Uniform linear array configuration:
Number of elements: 4
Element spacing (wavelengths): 0.75
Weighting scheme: blackman
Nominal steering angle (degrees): -60
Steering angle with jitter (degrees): -60.556
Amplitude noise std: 0.05
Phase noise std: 0.05

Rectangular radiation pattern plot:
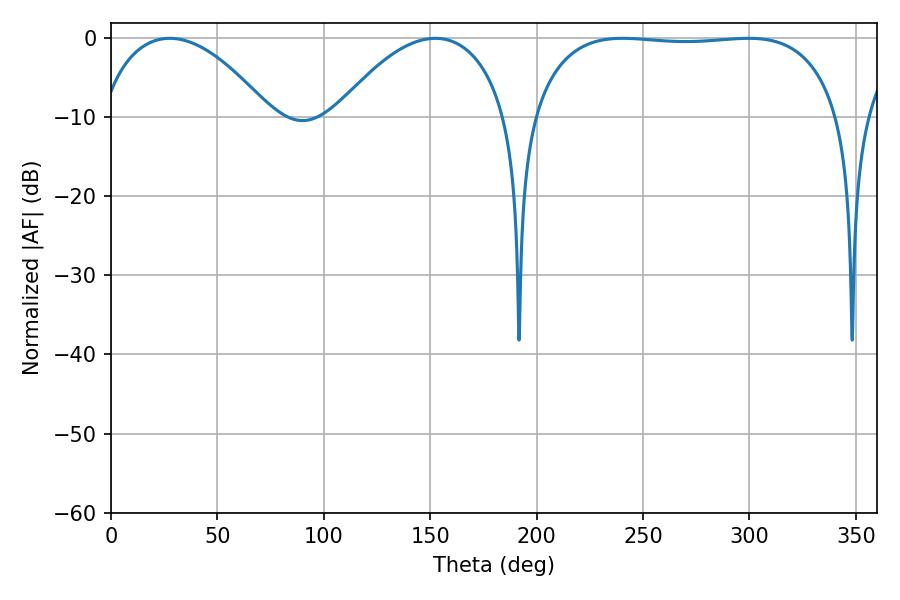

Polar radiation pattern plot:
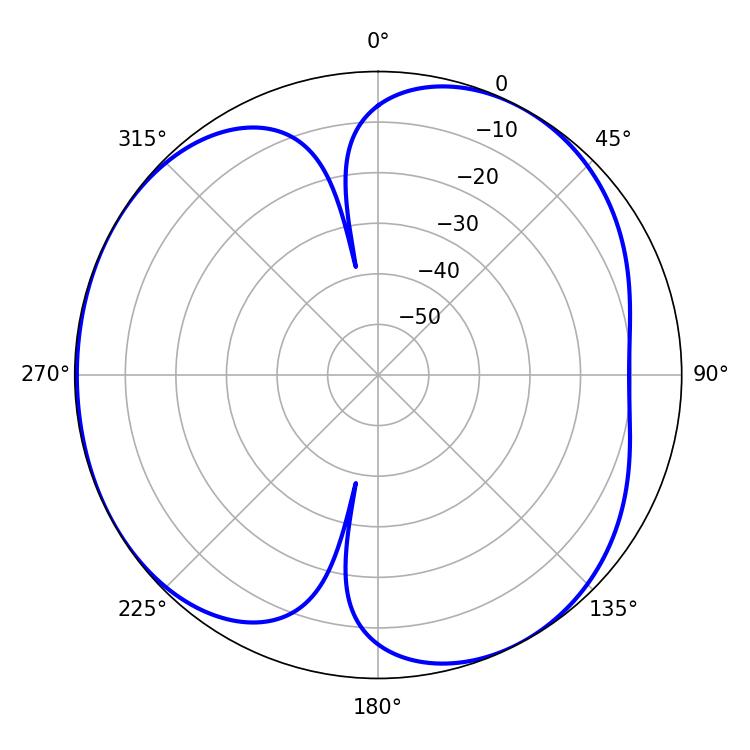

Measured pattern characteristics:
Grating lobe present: TRUE
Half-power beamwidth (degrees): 114.84
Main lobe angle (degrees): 240.48